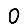
Digit: 0